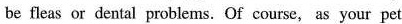
be fleas or dental problems. Of course,as your pet